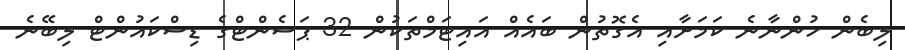
ލިބެން ހުންނާނެ ކަމަށާއި އެގޮތުން ބައެއް އައިޓަމްތަކުން 32 ޕަސެންޓްގެ ޑިސްކައުންޓް ލިބޭނެ